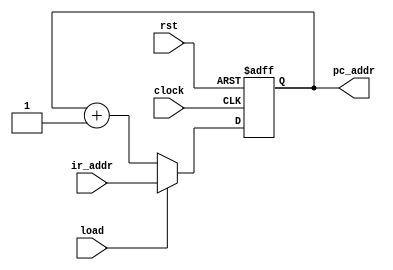
//---counter.v---
module counter(pc_addr,ir_addr,load,clock,rst);
output[12:0] pc_addr;
input[12:0] ir_addr;
input load,clock,rst;
reg[12:0] pc_addr;

always @(posedge clock or posedge rst)
	begin
		if(rst)
			pc_addr <= 13'b0_0000_0000_0000;
		else
			if(load)
				pc_addr <= ir_addr;
			else
				pc_addr <= pc_addr + 1;
	end
endmodule